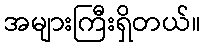
အများကြီးရှိတယ်။